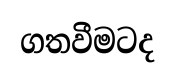
ගතවීමටද